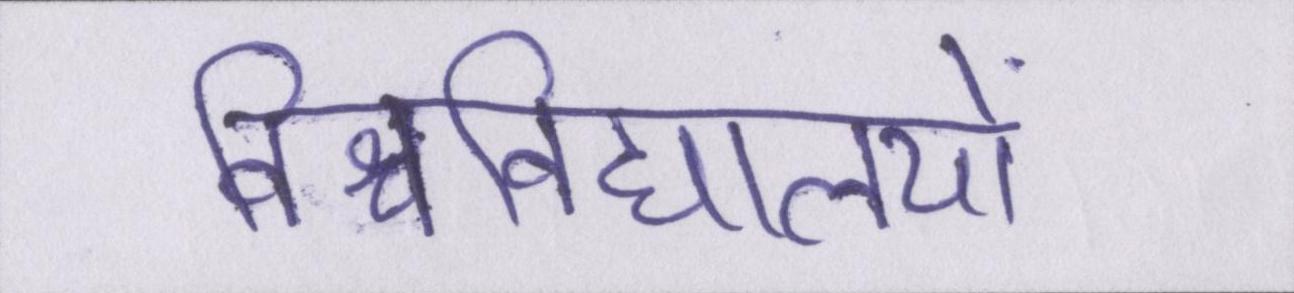
विश्वविद्यालयों